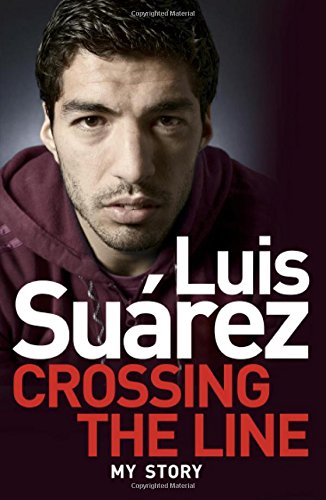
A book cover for Luis Suarez: Crossing the Line - My Story; Luis SuÃ¡rez; Biographies & Memoirs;